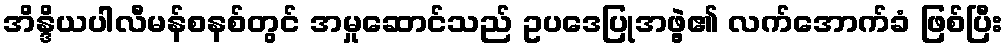
အိန္ဒိယပါလီမန်စနစ်တွင် အမှုဆောင်သည် ဥပဒေပြုအဖွဲ့၏ လက်အောက်ခံ ဖြစ်ပြီး